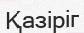
Қазіріг